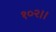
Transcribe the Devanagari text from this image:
१०२।।